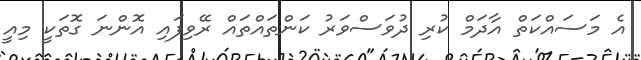
އެ މަސައްކަތް އާދަމް ކުރި ދުވަސްވަރު ކަންތައްތައް ރޭވިފައި އޮންނަ ގޮތަކީ މިއީ